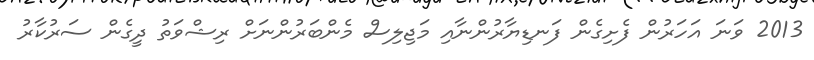
2013 ވަނަ އަހަރުން ފެށިގެން ފަނޑިޔާރުންނާއި މަޖިލިސް މެންބަރުންނަށް ރިޝްވަތު ދީގެން ސަރުކާރު